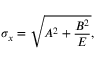
\sigma _ { x } = \sqrt { A ^ { 2 } + \frac { B ^ { 2 } } { E } } ,